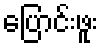
ပြောင်းဖူး